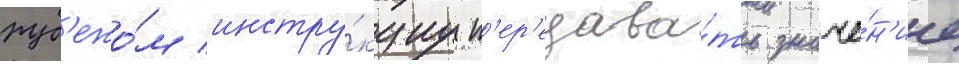
руб'ежо́м инстру́кциу п'ер'едава́ть значе́н'ие